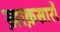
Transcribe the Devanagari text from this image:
ख़ाक़सारों